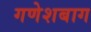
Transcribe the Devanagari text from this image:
गणेशबाग